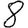
Digit: 8